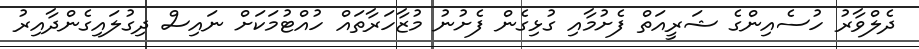
ދެލްވާރު ހުސެއިންގެ ޝަރީއަތް ފެށުމާއި ގުޅިގެން ފެށުނު މުޒާހަރާތައް ހުއްޓުމަކަށް ނައިސް ދިގުލައިގެންދާއިރު